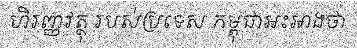
ហិរញ្ញវត្ថុ របស់ប្រទេស កម្ពុជាអះអាងថា